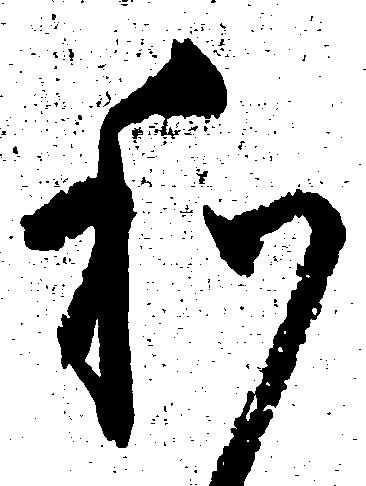
わ